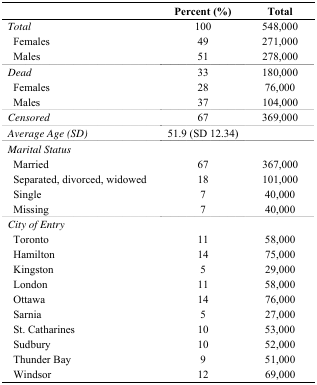
<table><thead><tr><td colspan="2"></td><td><b>Percent (%)</b></td><td><b>Total</b></td></tr></thead><tbody><tr><td colspan="2"><i>Total</i></td><td>100</td><td>548,000</td></tr><tr><td> </td><td>Females</td><td>49</td><td>271,000</td></tr><tr><td> </td><td>Males</td><td>51</td><td>278,000</td></tr><tr><td colspan="2"><i>Dead</i></td><td>33</td><td>180,000</td></tr><tr><td> </td><td>Females </td><td>28</td><td>76,000</td></tr><tr><td> </td><td>Males </td><td>37</td><td>104,000</td></tr><tr><td colspan="2"><i>Censored</i></td><td>67</td><td>369,000</td></tr><tr><td colspan="2"><i>Average Age (SD)</i></td><td>51.9 (SD 12.34)</td><td></td></tr><tr><td colspan="2"><i>Marital Status</i></td><td></td><td></td></tr><tr><td> </td><td>Married</td><td>67</td><td>367,000</td></tr><tr><td> </td><td>Separated, divorced, widowed</td><td>18</td><td>101,000</td></tr><tr><td> </td><td>Single</td><td>7</td><td>40,000</td></tr><tr><td> </td><td>Missing</td><td>7</td><td>40,000</td></tr><tr><td colspan="2"><i>City of Entry</i></td><td></td><td></td></tr><tr><td> </td><td>Toronto</td><td>11</td><td>58,000</td></tr><tr><td> </td><td>Hamilton</td><td>14</td><td>75,000</td></tr><tr><td> </td><td>Kingston</td><td>5</td><td>29,000</td></tr><tr><td> </td><td>London</td><td>11</td><td>58,000</td></tr><tr><td> </td><td>Ottawa</td><td>14</td><td>76,000</td></tr><tr><td> </td><td>Sarnia</td><td>5</td><td>27,000</td></tr><tr><td> </td><td>St. Catharines</td><td>10</td><td>53,000</td></tr><tr><td> </td><td>Sudbury</td><td>10</td><td>52,000</td></tr><tr><td> </td><td>Thunder Bay</td><td>9</td><td>51,000</td></tr><tr><td> </td><td>Windsor</td><td>12</td><td>69,000</td></tr></tbody></table>